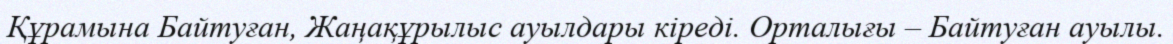
Құрамына Байтуған, Жаңақұрылыс ауылдары кіреді. Орталығы – Байтуған ауылы.